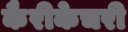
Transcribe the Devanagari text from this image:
कैरीकेचरी